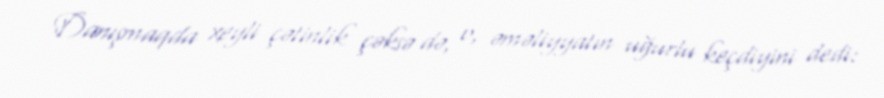
Danışmaqda xeyli çətinlik çəksə də, o, əməliyyatın uğurlu keçdiyini dedi: